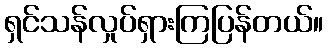
ရှင်သန်လှုပ်ရှားကြပြန်တယ်။